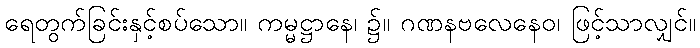
ရေတွက်ခြင်းနှင့်စပ်သော။ ကမ္မဋ္ဌာနေ၊ ၌။ ဂဏနဗလေနေဝ၊ ဖြင့်သာလျှင်။